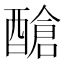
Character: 䤌